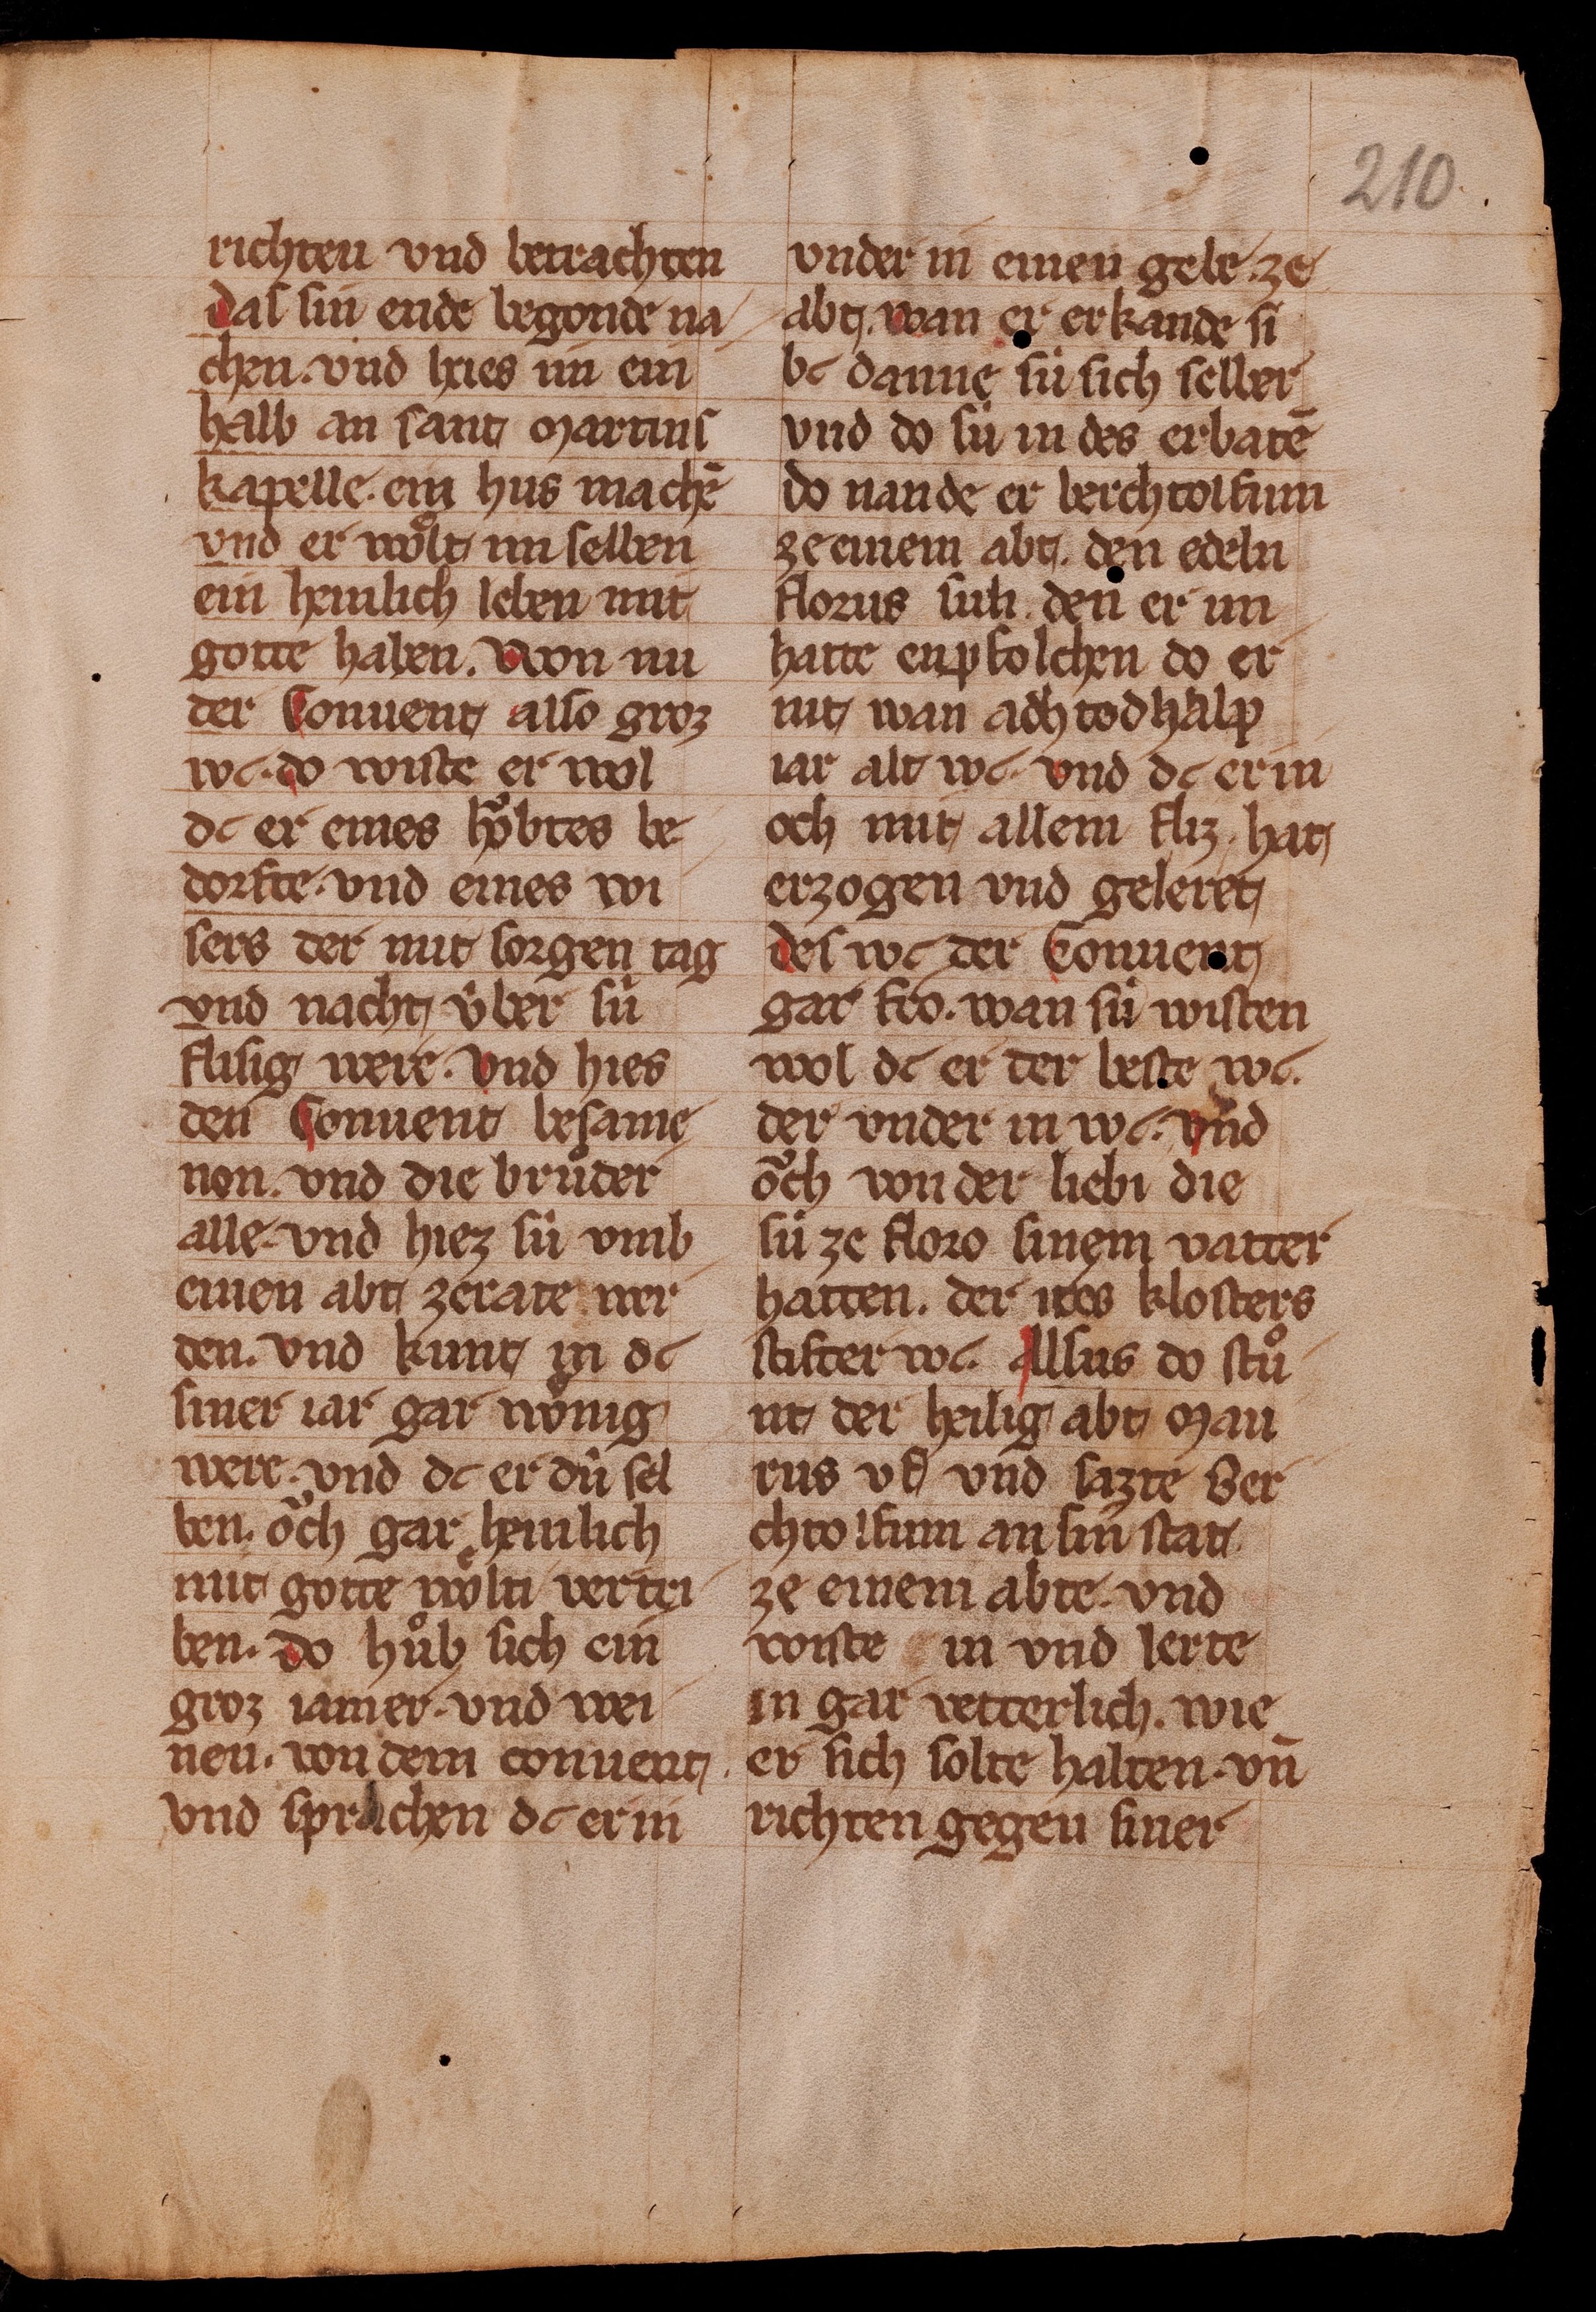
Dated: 1350–1374